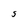
Character: S